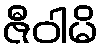
ဇီဝါမိ